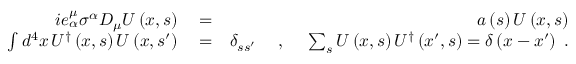
\begin{array} { r l r } { i e _ { \alpha } ^ { \mu } \sigma ^ { \alpha } D _ { \mu } U \left( x , s \right) } & { { } = } & { a \left( s \right) U \left( x , s \right) } \\ { \int d ^ { 4 } x \, U ^ { \dag } \left( x , s \right) U \left( x , s ^ { \prime } \right) } & { { } = } & { \delta _ { s s ^ { \prime } } \; \quad , \quad \; \sum _ { s } U \left( x , s \right) U ^ { \dag } \left( x ^ { \prime } , s \right) = \delta \left( x - x ^ { \prime } \right) \; . } \end{array}